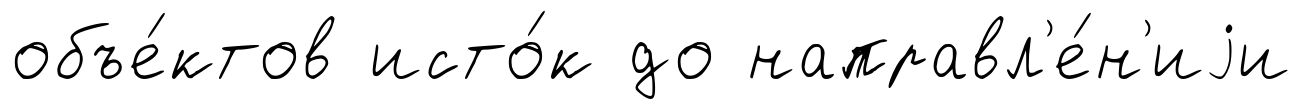
объе́ктов исто́к до направл'е́н'иjи